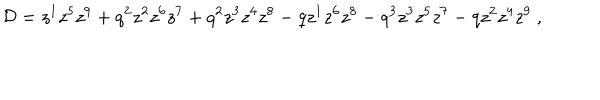
{ \cal D } = z ^ { 1 } z ^ { 5 } z ^ { 9 } + q ^ { 2 } z ^ { 2 } z ^ { 6 } z ^ { 7 } + q ^ { 2 } z ^ { 3 } z ^ { 4 } z ^ { 8 } - q z ^ { 1 } z ^ { 6 } z ^ { 8 } - q ^ { 3 } z ^ { 3 } z ^ { 5 } z ^ { 7 } - q z ^ { 2 } z ^ { 4 } z ^ { 9 } \ ,